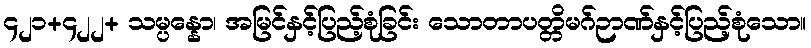
၄၂၁+၄၂၂+ သမ္ပန္နော၊ အမြင်နှင့်ပြည့်စုံခြင်း သောတာပတ္တိမဂ်ဉာဏ်နှင့်ပြည့်စုံသော။